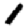
Digit: 1